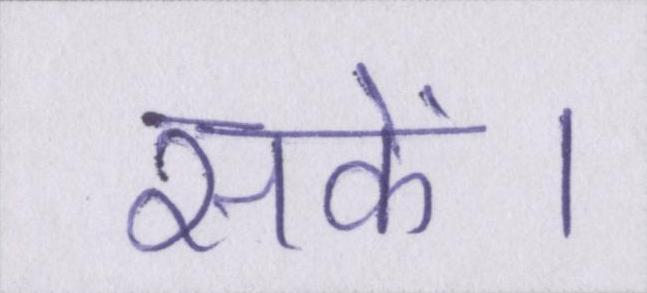
सकें।